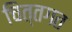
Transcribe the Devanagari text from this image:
चित्तगत